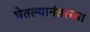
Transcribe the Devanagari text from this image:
घेतल्यानंतरच्या